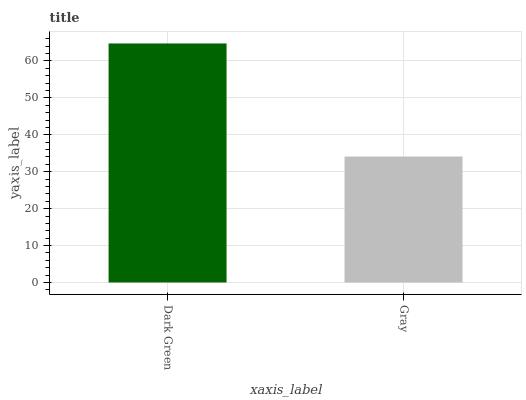
| xaxis_label | bars |
 | --- | --- |
 | Dark Green | 64.7 |
 | Gray | 34.1 |